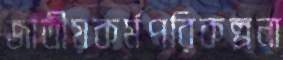
জাতীয়কর্মপরিকল্পনা